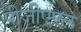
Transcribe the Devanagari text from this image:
पीजीएएल